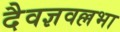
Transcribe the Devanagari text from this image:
दैवज्ञवल्लभा